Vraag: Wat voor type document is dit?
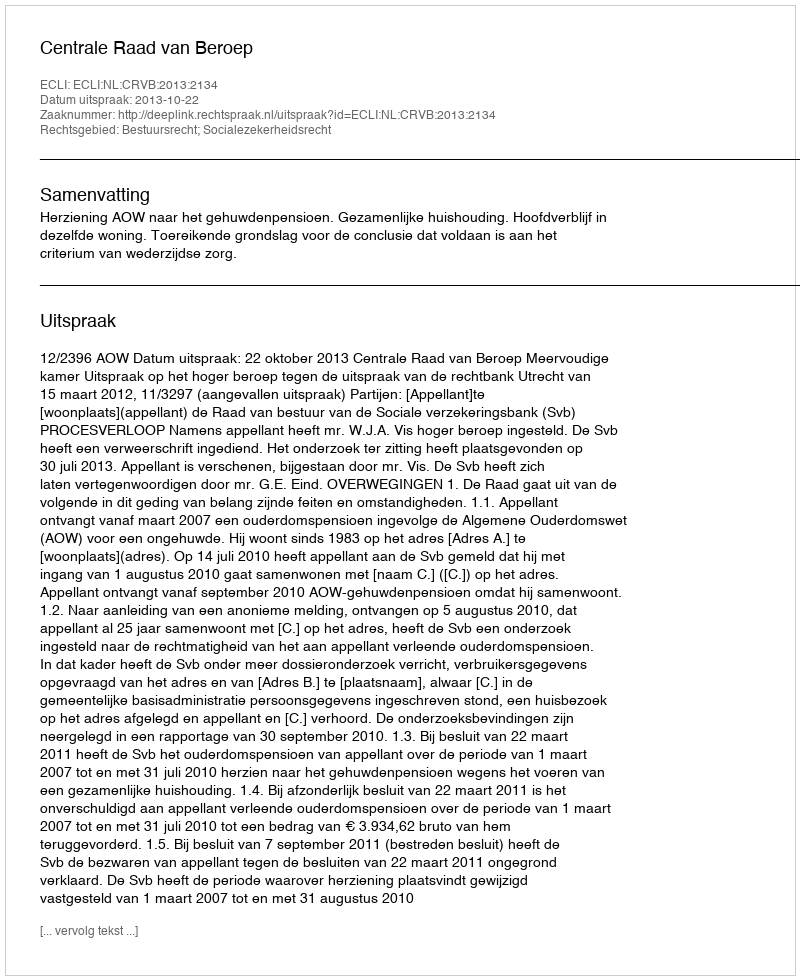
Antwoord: Uitspraak